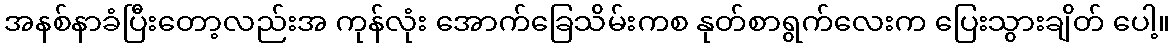
အနစ်နာခံပြီးတော့လည်းအ ကုန်လုံး အောက်ခြေသိမ်းကစ နုတ်စာရွက်လေးက ပြေးသွားချိတ် ပေါ့။